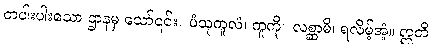
တပါးပါးသော ဌာနမှ သော်၎င်း။ ပံသုကူလံ၊ ကူကို။ လစ္ဆာမိ၊ ရလိမ့်အံ့။ ဣတိ